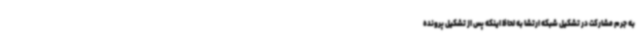
به جرم مشارکت در تشکیل شبکه ارتشا به لحاظ اینکه پس از تشکیل پرونده